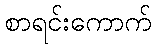
စာရင်းကောက်